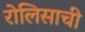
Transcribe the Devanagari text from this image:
रोलिसाची